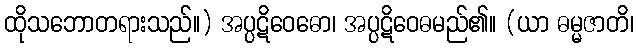
ထိုသဘောတရားသည်။) အပ္ပဋိဝေဓော၊ အပ္ပဋိဝေဓမည်၏။ (ယာ ဓမ္မဇာတိ၊